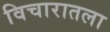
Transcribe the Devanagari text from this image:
विचारातला